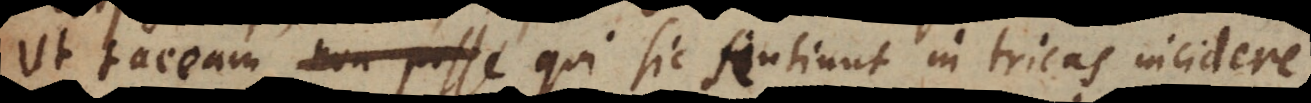
Ut taceam qui sic sentiunt in tricas incidere